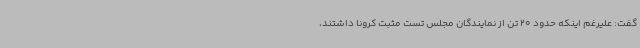
گفت: علیرغم اینکه حدود 20 تن از نمایندگان مجلس تست مثبت کرونا داشتند،